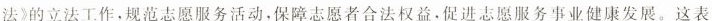
法》的立法工作，规范志愿服务活动，保障志愿者合法权益,促进志愿服务事业健康发展。这表